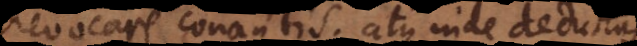
revocare conantis; atque inde deductas